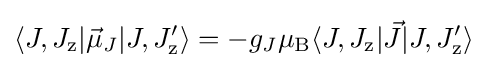
\langle J,J_{\text{z}}|{\vec {\mu }}_{J}|J,J'_{\text{z}}\rangle =-g_{J}\mu _{\rm {B}}\langle J,J_{\text{z}}|{\vec {J}}|J,J'_{\text{z}}\rangle